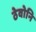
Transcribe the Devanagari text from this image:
ठेवोनि